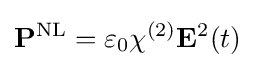
\mathbf {P} ^{\text{NL}}=\varepsilon _{0}\chi ^{(2)}\mathbf {E} ^{2}(t)